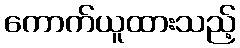
ကောက်ယူထားသည့်